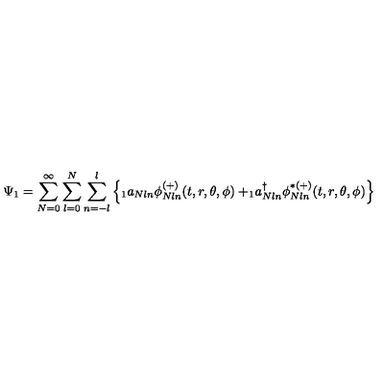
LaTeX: \Psi _ { 1 } = \sum _ { N = 0 } ^ { \infty } \sum _ { l = 0 } ^ { N } \sum _ { n = - l } ^ { l } \left\{ _ 1 a _ { N l n } \phi _ { N l n } ^ { ( + ) } ( t , r , \theta , \phi ) + _ { 1 } \! a _ { N l n } ^ { \dagger } \phi _ { N l n } ^ { \ast ( + ) } ( t , r , \theta , \phi ) \right\}